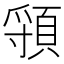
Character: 頱